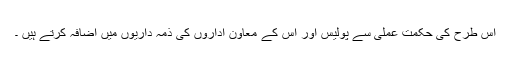
اس طرح کی حکمت عملی سے پولیس اور اس کے معاون اداروں کی ذمہ داریوں میں اضافہ کرتے ہیں ۔